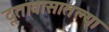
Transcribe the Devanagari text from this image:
दूतावासातल्या